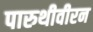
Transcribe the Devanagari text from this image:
पारुथीवीरन